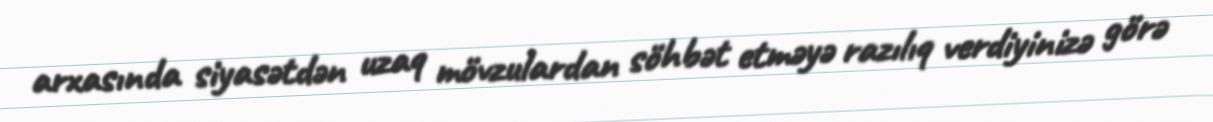
arxasında siyasətdən uzaq mövzulardan söhbət etməyə razılıq verdiyinizə görə